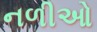
નળીઓ